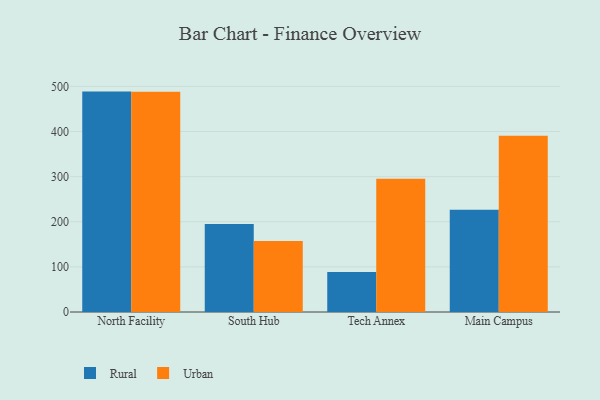
{"axis": {"x": "Campus", "y": "Revenue (USD Million)"}, "legend": ["Rural", "Urban"], "data": [{"x": "North Facility", "y": 488.5, "type": "Rural"}, {"x": "North Facility", "y": 488.1, "type": "Urban"}, {"x": "South Hub", "y": 195.1, "type": "Rural"}, {"x": "South Hub", "y": 157.3, "type": "Urban"}, {"x": "Tech Annex", "y": 88.8, "type": "Rural"}, {"x": "Tech Annex", "y": 295.3, "type": "Urban"}, {"x": "Main Campus", "y": 226.8, "type": "Rural"}, {"x": "Main Campus", "y": 390.9, "type": "Urban"}]}